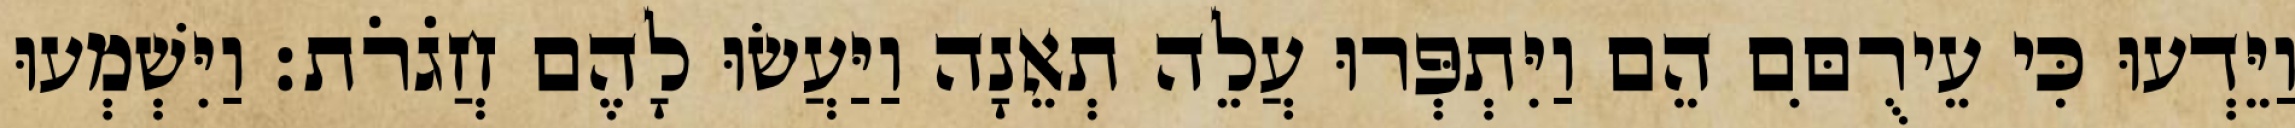
וַיֵּדְעוּ כִּי עֵירֻםִּם הֵם וַיִּתְפְּרוּ עֲלֵה תְאֵנָה וַיַּעֲשׂוּ לָהֶם חֲגֹרֹת׃ וַיִּשְׁמְעוּ